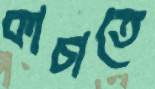
কাচাতে